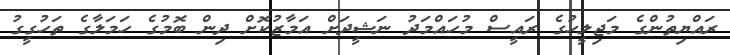
ރައްޔިތުންގެ މަޖިލީހުގެ ރައީސް މުހައްމަދު ނަޝީދަށް އަމާޒުކޮށް ދިން ބޮމުގެ ހަމަލާގެ ތަހުގީގު